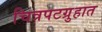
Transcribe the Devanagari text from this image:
चित्रपटग्रुहात